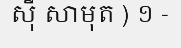
ស៊ី សាមុត ) ១ -